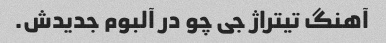
آهنگ تیتراژ جی چو در آلبوم جدیدش.